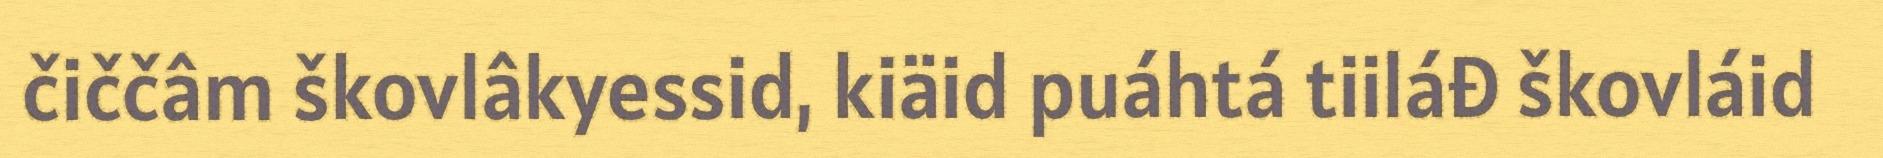
čiččâm škovlâkyessid, kiäid puáhtá tiiláđ škovláid